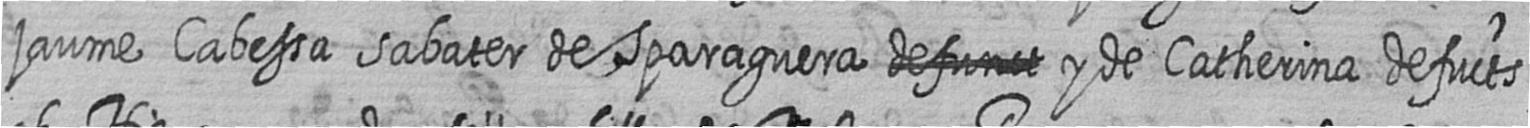
jaume Cabessa sabater de Sparaguera # y de Catherina defucts